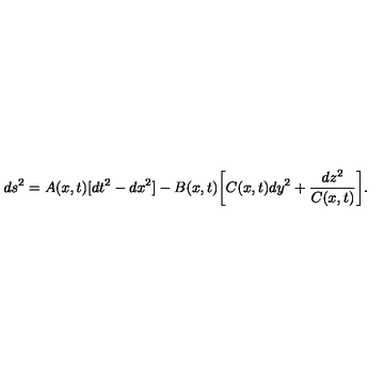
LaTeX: d s ^ { 2 } = A ( x , t ) [ d t ^ { 2 } - d x ^ { 2 } ] - B ( x , t ) \biggl [ C ( x , t ) d y ^ { 2 } + \frac { d z ^ { 2 } } { C ( x , t ) } \biggr ] .